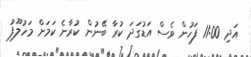
އަދި 11:00 ފަހުން ވެސް އަޑުގަދަ ކުރާ ބޭނުން ކުރާނެ ކަމަށް މަހުލޫފު